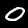
Label: 0